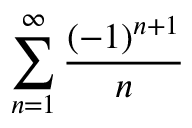
\sum _ { n = 1 } ^ { \infty } { \frac { ( - 1 ) ^ { n + 1 } } { n } }